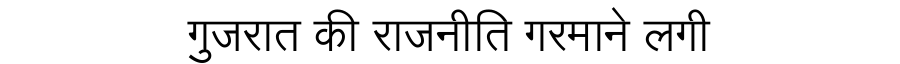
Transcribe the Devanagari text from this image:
गुजरात की राजनीति गरमाने लगी